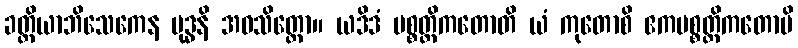
ခတ္တိယာဘိသေကေန မုဒ္ဓနိ အဝသိတ္တော။ ယဒိဒံ ပစ္စတ္ထိကတောတိ ယံ ကုတောစိ ဧကပစ္စတ္ထိကတောပိ